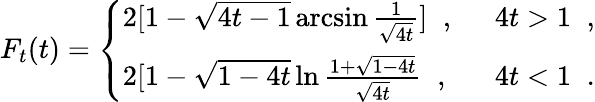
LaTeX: F_{t}(t)=\left\{ \begin{array}{ll}{{2[1-\sqrt{4t-1}\arcsin\frac{1}{\sqrt{4t}}]\; \; ,}}&{{\; \; 4t>1\; \; ,}}\\ {{2[1-\sqrt{1-4t}\ln\frac{1+\sqrt{1-4t}}{\sqrt{4t}}\; \; ,}}&{{\; \; 4t<1\; \; .}}\end{array}\right.